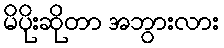
မိပိုးဆိုတာ အဘွားလား